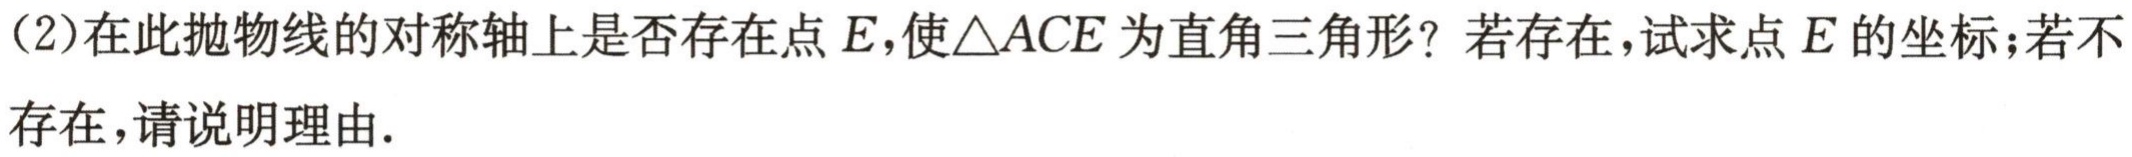
(2)在此抛物线的对称轴上是否存在点\(E\)，使\(\triangle ACE\)为直角三角形？若存在，试求点\(E\)的坐标；若不存在，请说明理由.